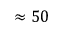
\approx 5 0